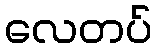
လေတပ်